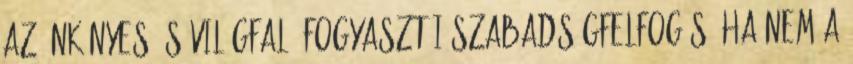
az önkényes és világfaló fogyasztói szabadságfelfogás. Ha nem a